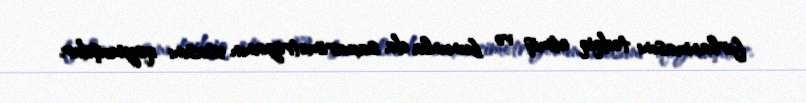
fırlanmasını tədqiq etmiş və bununla da saxarimetriyanın əsasını qoymuşdur.